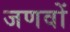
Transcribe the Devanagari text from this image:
जणवों